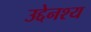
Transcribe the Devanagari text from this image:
उद्देनश्‍य